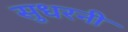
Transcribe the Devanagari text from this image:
सुधरनी